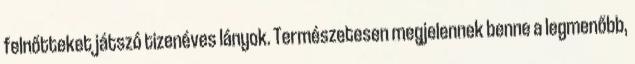
felnőtteket játszó tizenéves lányok. Természetesen megjelennek benne a legmenőbb,